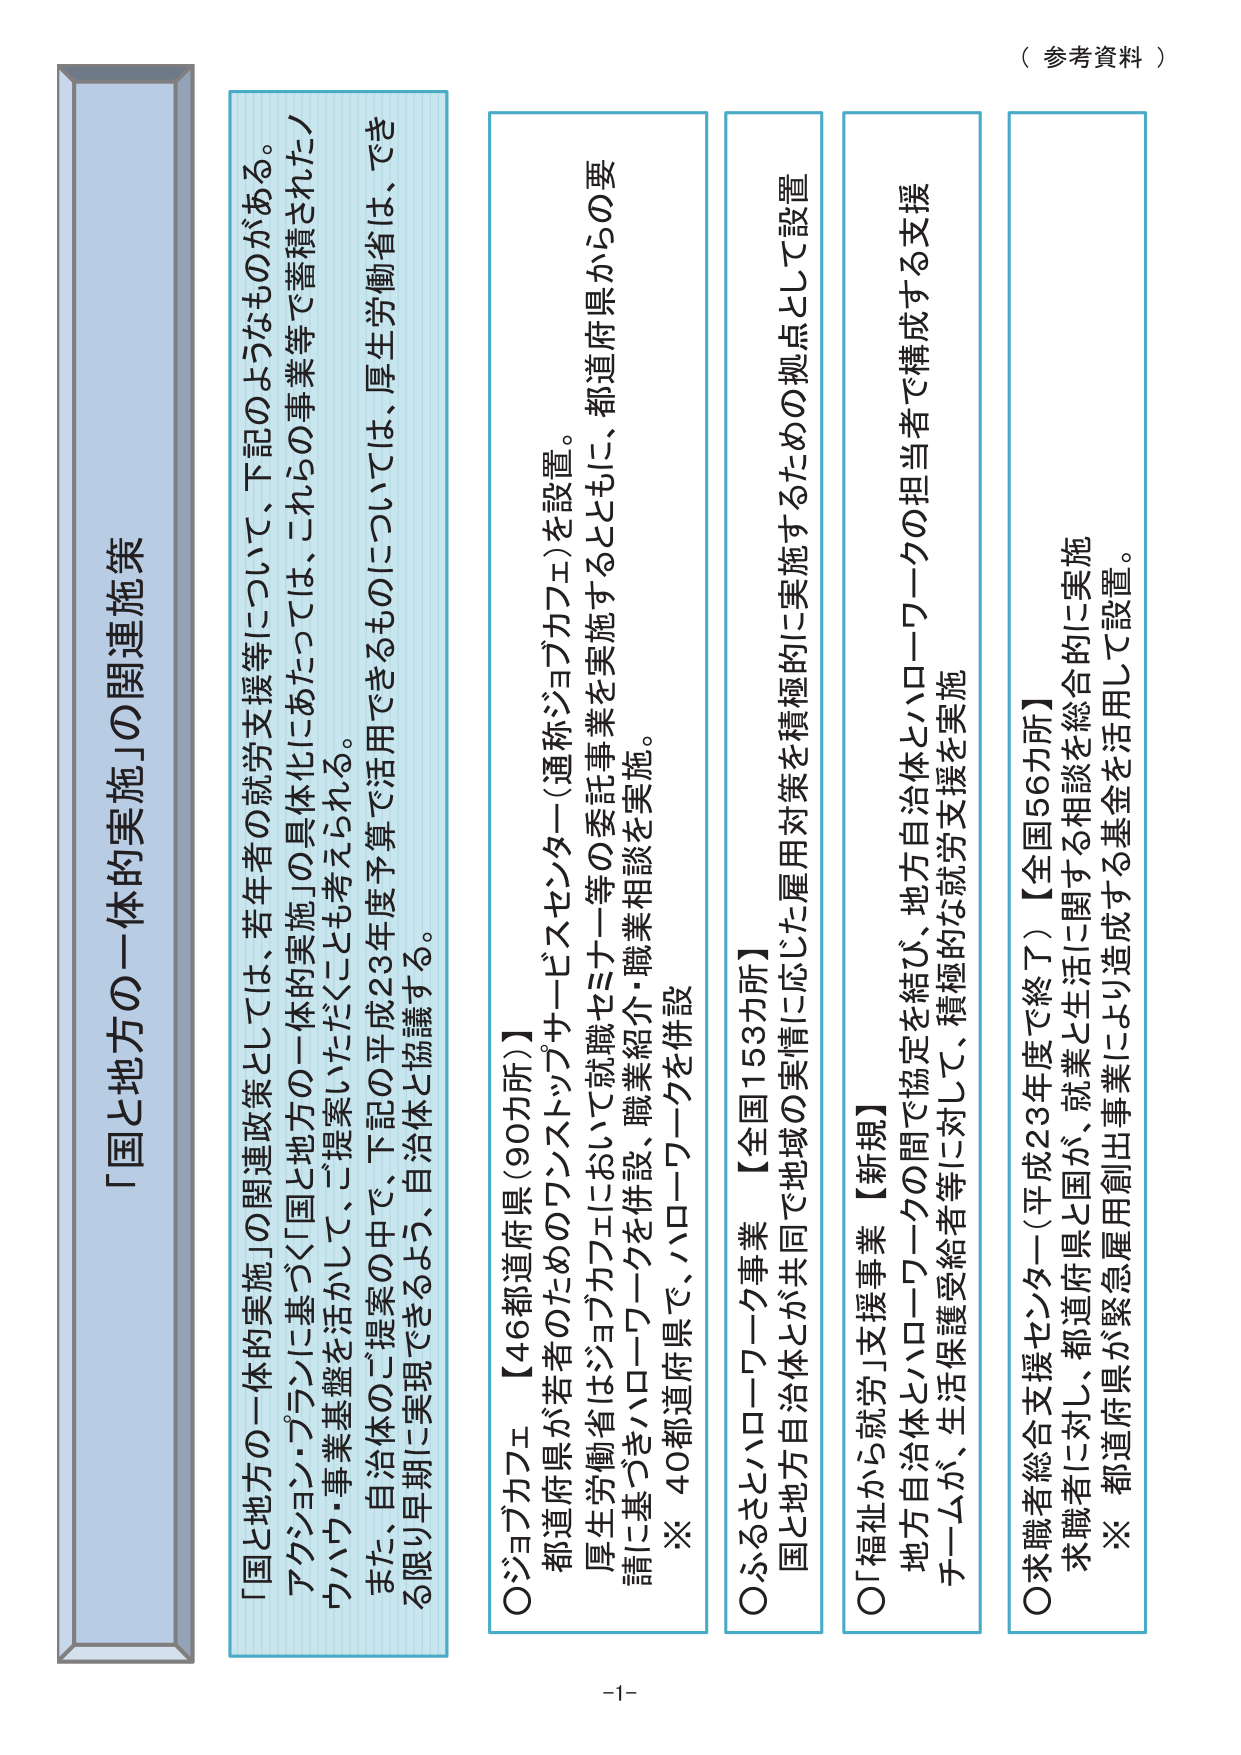
（参考資料）

「国と地方の一体的実施」の関連施策

「国と地方の一体的実施」の関連政策としては、若年者の就労支援等について、下記のようなものがある。
アクション・プランに基づく「国と地方の一体的実施」の具体化にあたっては、これらの事業等で蓄積されたノウハウ・事業基盤を活かして、ご提案いただくことも考えられる。
また、自治体のご提案の中で、下記の平成23年度予算で活用できるものについては、厚生労働省は、できる限り早期に実現できるよう、自治体と協議する。

○ジョブカフェ 【46都道府県（90カ所）】
都道府県が若者のためのワンストップサービスセンター（通称ジョブカフェ）を設置。
厚生労働省はジョブカフェにおいて就職セミナー等の委託事業を実施するとともに、都道府県からの要請に基づきハローワークを併設、職業紹介・職業相談を実施。
※ 40都道府県で、ハローワークを併設

○ふるさとハローワーク事業 【全国153カ所】
国と地方自治体とが共同で地域の実情に応じた雇用対策を積極的に実施するための拠点として設置

○「福祉から就労」支援事業 【新規】
地方自治体とハローワークの間で協定を結び、地方自治体とハローワークの担当者で構成する支援チームが、生活保護受給者等に対して、積極的な就労支援を実施

○求職者総合支援センター（平成23年度で終了）【全国56カ所】
求職者に対し、都道府県と国が、就業と生活に関する相談を総合的に実施
※ 都道府県が緊急雇用創出事業により造成する基金を活用して設置。